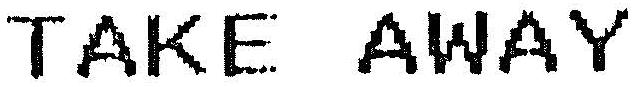
TAKE AWAY